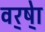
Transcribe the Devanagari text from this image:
वर्ष्‍ेा